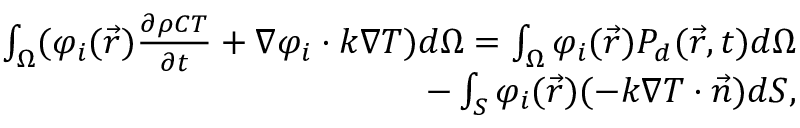
\begin{array} { r } { \int _ { \Omega } ( \varphi _ { i } ( \vec { r } ) \frac { \partial \rho C T } { \partial t } + \nabla \varphi _ { i } \cdot k \nabla T ) d \Omega = \int _ { \Omega } \varphi _ { i } ( \vec { r } ) P _ { d } ( \vec { r } , t ) d \Omega } \\ { - \int _ { S } \varphi _ { i } ( \vec { r } ) ( - k \nabla T \cdot \vec { n } ) d S , } \end{array}